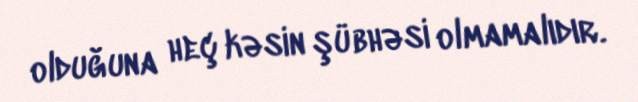
olduğuna heç kəsin şübhəsi olmamalıdır.